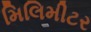
મિલિમીટર